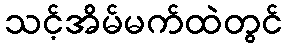
သင့်အိမ်မက်ထဲတွင်